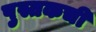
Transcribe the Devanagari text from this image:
पुस्तकची